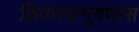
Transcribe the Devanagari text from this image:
शिवराजभूषणास